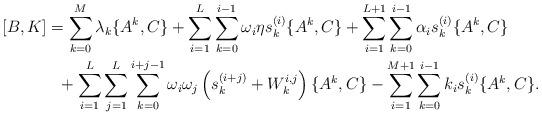
LaTeX: \begin{align*}[B,K] &= \sum_{k=0}^M\lambda_k\{A^k,C\} + \sum_{i=1}^L\sum_{k=0}^{i-1}\omega_i\eta s_k^{(i)}\{A^k,C\}+ \sum_{i=1}^{L+1}\sum_{k=0}^{i-1}\alpha_is^{(i)}_k\{A^k,C\}\\& \ \ + \sum_{i=1}^L\sum_{j=1}^L\sum_{k=0}^{i+j-1} \omega_i\omega_j\left( s^{(i+j)}_k +W^{i,j}_k \right) \{A^k,C\} - \sum_{i=1}^{M+1}\sum_{k=0}^{i-1}k_is^{(i)}_k\{ A^k,C \}.\end{align*}